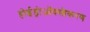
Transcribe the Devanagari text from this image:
होईड्रोऑक्सीकरण